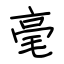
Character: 毫